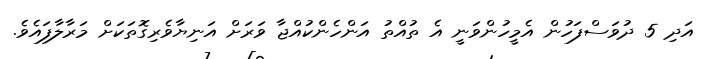
އަދި 5 ދުވަސްފަހުން އެމީހުންވަނީ އެ ތުއްތު އަންހެންކުއްޖާ ވަރަށް އަނިޔާވެރިގޮތަކަށް މަރާލާފައެވެ.